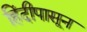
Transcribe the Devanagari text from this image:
हिंदीपासून